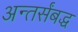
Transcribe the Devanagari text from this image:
अन्तर्संबद्ध